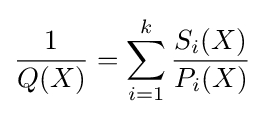
{\frac {1}{Q(X)}}=\sum _{i=1}^{k}{\frac {S_{i}(X)}{P_{i}(X)}}